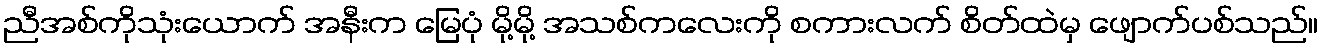
ညီအစ်ကိုသုံးယောက် အနီးက မြေပုံ မို့မို့ အသစ်ကလေးကို စကားလက် စိတ်ထဲမှ ဖျောက်ပစ်သည်။